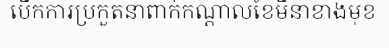
បើកការប្រកួតនាពាក់កណ្តាលខែមីនាខាងមុខ